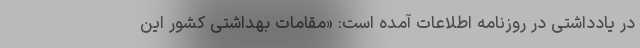
در یادداشتی در روزنامه اطلاعات آمده است: «مقامات بهداشتی کشور این